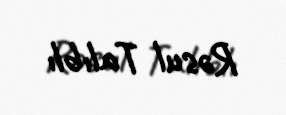
Rəsul Talıblı